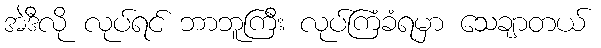
အဲဒီလို လုပ်ရင် ဘာဘူကြီး လုပ်ကြံခံရမှာ သေချာတယ်